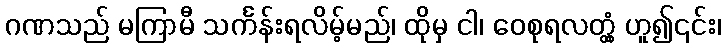
ဂဏသည် မကြာမီ သင်္ကန်းရလိမ့်မည်၊ ထိုမှ ငါ၊ ဝေစုရလတ္တံ့ ဟူ၍၎င်း၊